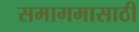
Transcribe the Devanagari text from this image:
समागमासाठी